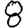
Digit: 8